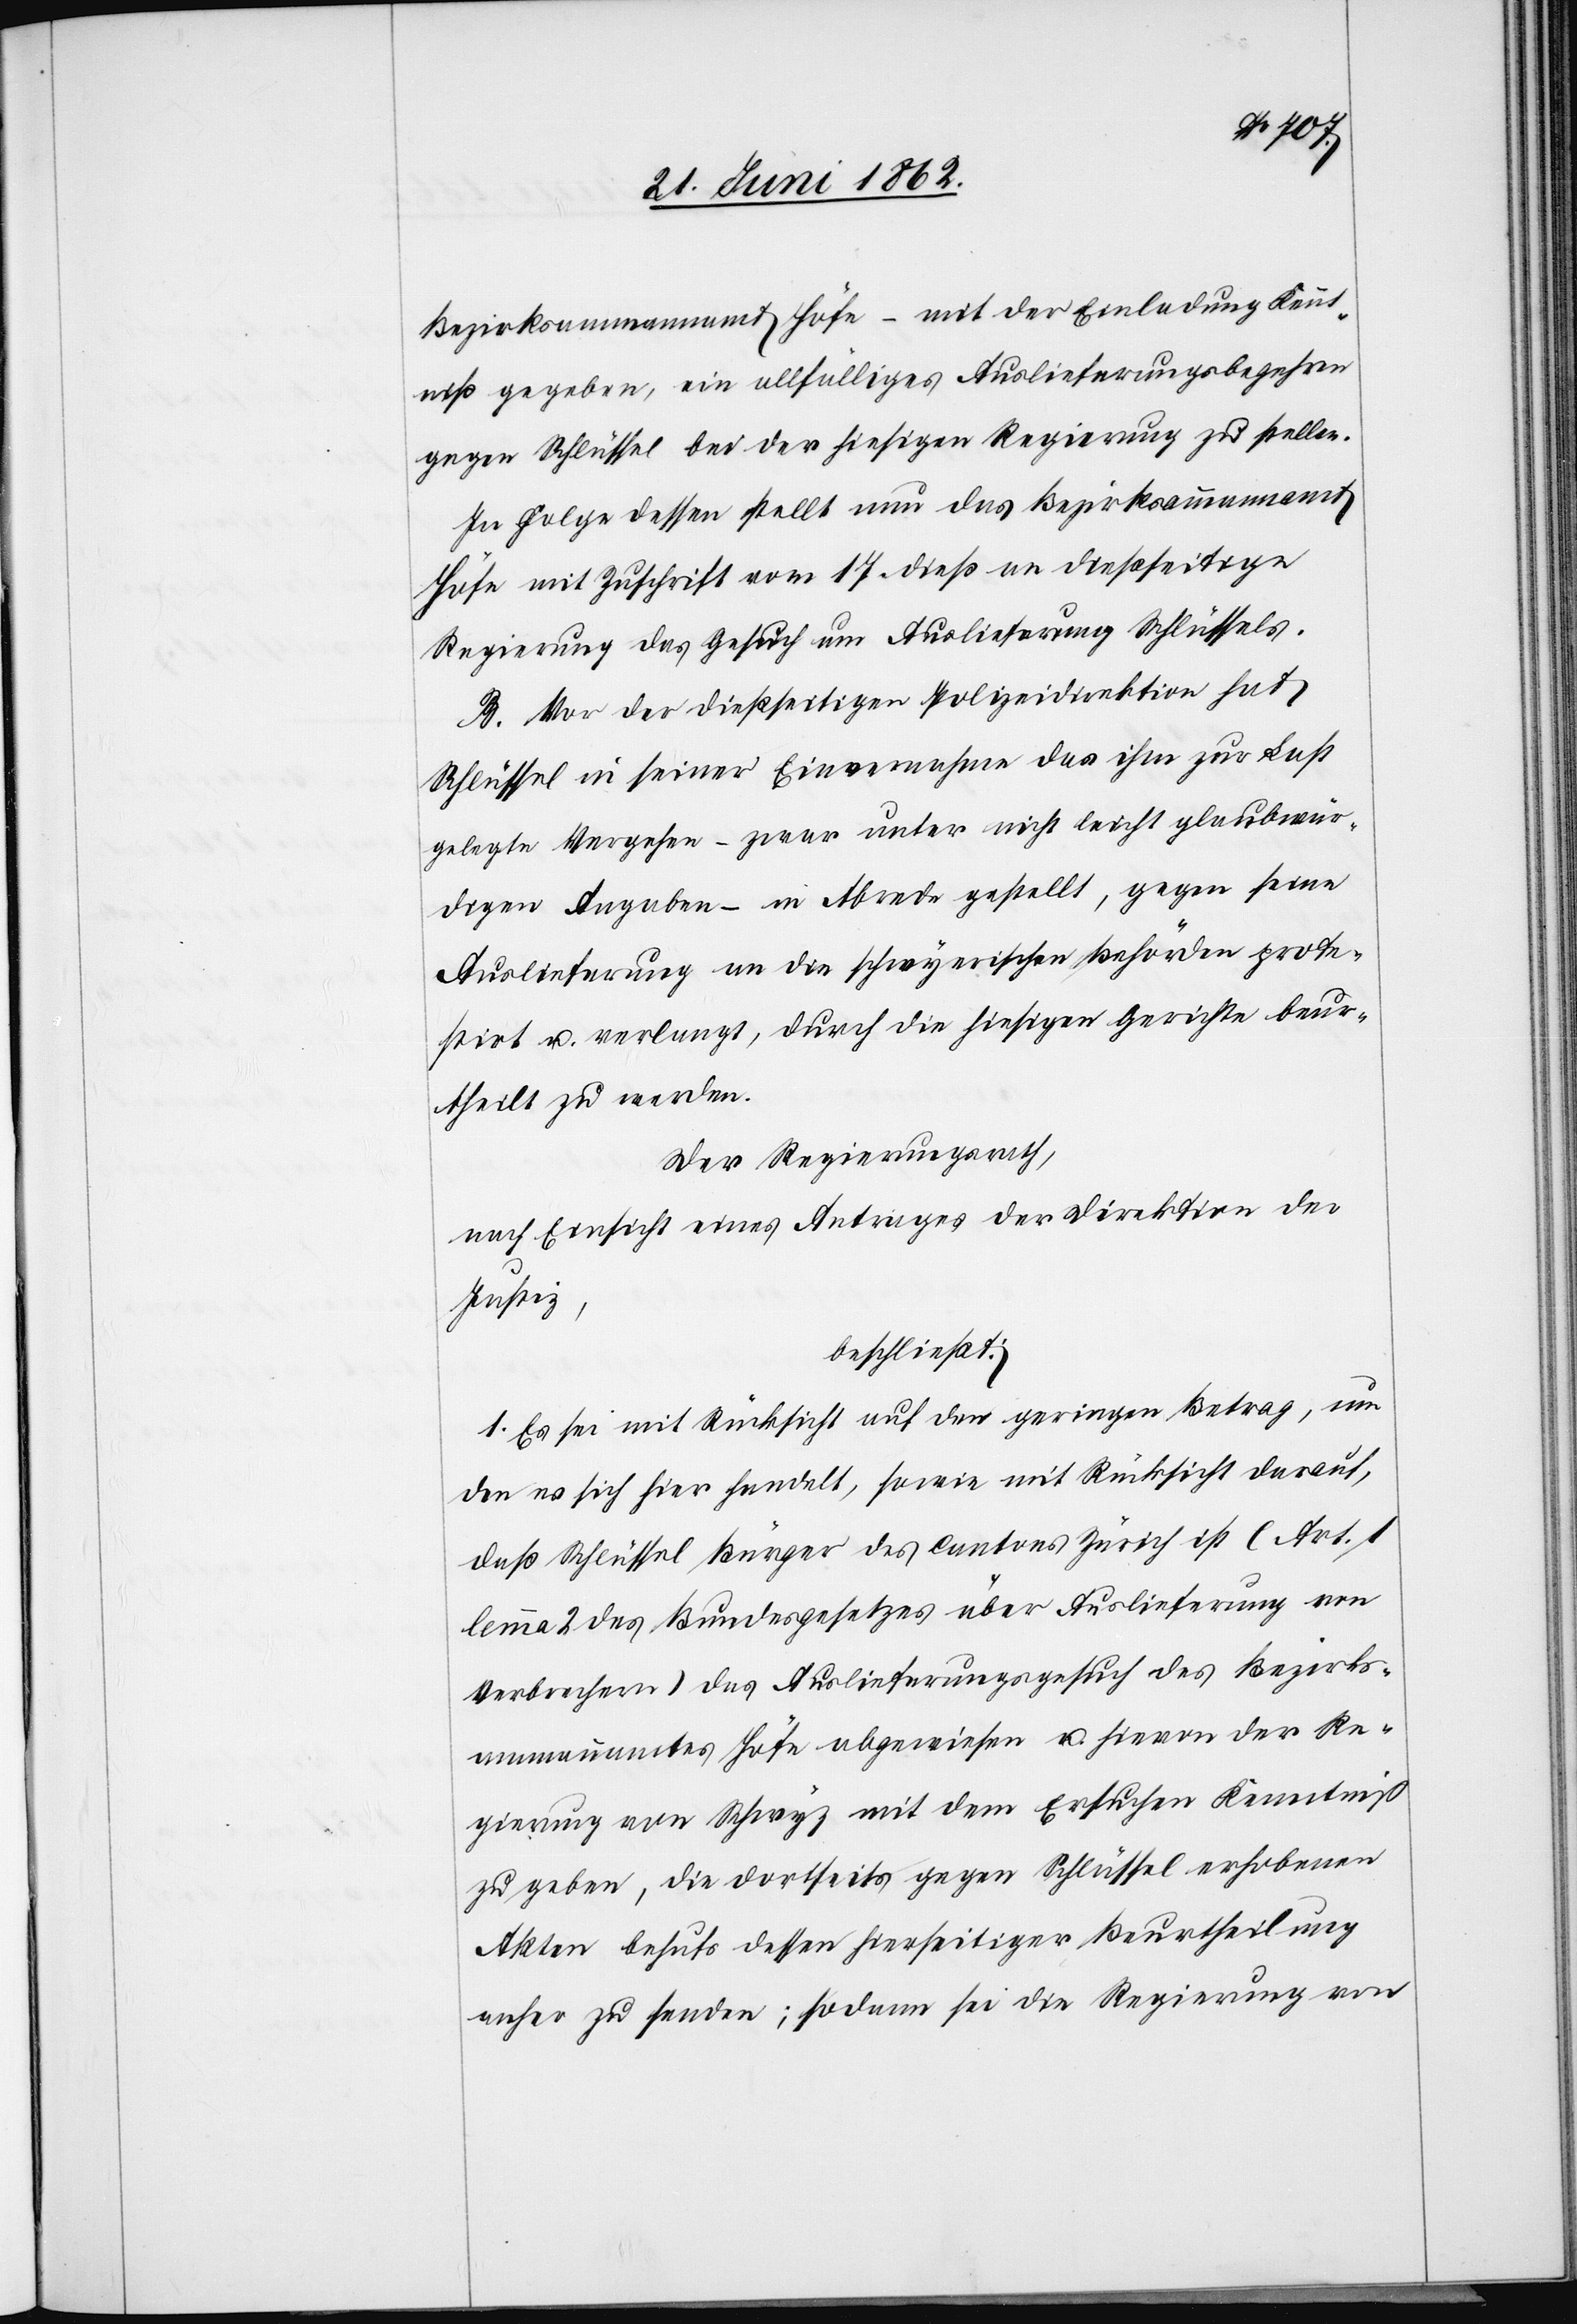
Bezirksammannamt Höfe – mit der Einladung Kennt¬
niß gegeben, ein allfälliges Auslieferungsbegehren
gegen Schlüssel bei der hiesigen Regierung zu stellen.
In Folge dessen stellt nun das Bezirksammannamt
Höfe mit Zuschrift vom 17. dieß an dießseitige
Regierung das Gesuch um Auslieferung Schlüssels.
B. Vor der dießseitigen Polizeidirektion hat
Schlüssel in seiner Einvernahme das ihm zur Last
gelegte Vergehen – zwar unter nicht leicht glaubwür¬
digen Angaben – in Abrede gestellt, gegen seine
Auslieferung an die schwyzerischen Behörden prote¬
stirt u. verlangt, durch die hiesigen Gerichte beur¬
theilt zu werden.
Der Regierungsrath,
nach Einsicht eines Antrages der Direktion der
Justiz,
beschließt:
1. Es sei mit Rücksicht auf den geringen Betrag, um
den es sich hier handelt, sowie mit Rücksicht darauf,
daß Schlüssel Bürger des Cantons Zürich ist (Art. 1
lemma 2 des Bundesgesetzes über Auslieferung von
Verbrechern) das Auslieferungsgesuch des Bezirks¬
ammannamtes Höfe abgewiesen u. hievon der Re¬
gierung von Schwyz mit dem Ersuchen Kenntniß
zu geben, die dortseits gegen Schlüssel erhobenen
Akten behufs dessen hierseitiger Beurtheilung
anher zu senden; sodann sei die Regierung von